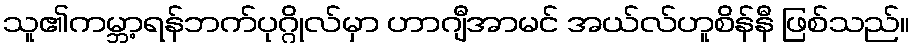
သူ၏ကမ္ဘာ့ရန်ဘက်ပုဂ္ဂိုလ်မှာ ဟာဂျီအာမင် အယ်လ်ဟူစိန်နီ ဖြစ်သည်။